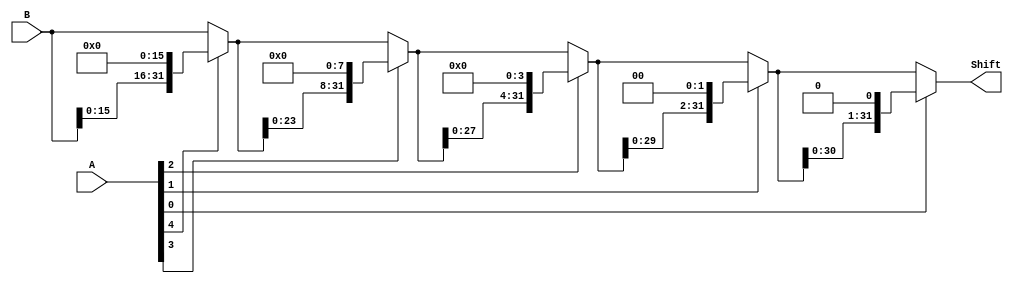
module Shift_Left(
	input [31:0]B,
	input [4:0]A,
	output [31:0]Shift
);
	
	wire [31:0]Shift1,Shift2,Shift3,Shift4;
	assign Shift1 = A[4]?{B[15:0],{16{1'b0}}}:B;
	assign Shift2 = A[3]?{Shift1[23:0],{8{1'b0}}}:Shift1;
	assign Shift3 = A[2]?{Shift2[27:0],{4{1'b0}}}:Shift2;
	assign Shift4 = A[1]?{Shift3[29:0],{2{1'b0}}}:Shift3;
	assign Shift  = A[0]?{Shift4[30:0],1'b0}:Shift4;
	
endmodule

module Shift_Right(
	input sign,
	input [31:0]B,
	input [4:0]A,
	output [31:0]Shift
);
	
	wire [31:0]Shift1,Shift2,Shift3,Shift4;
	assign Shift1 = A[4]?{{16{sign}},B[31:16]}:B;
	assign Shift2 = A[3]?{{8{sign}},Shift1[31:8]}:Shift1;
	assign Shift3 = A[2]?{{4{sign}},Shift2[31:4]}:Shift2;
	assign Shift4 = A[1]?{{2{sign}},Shift3[31:2]}:Shift3;
	assign Shift  = A[0]?{sign,Shift4[30:1]}:Shift4;
endmodule

module ALU(
    input [31:0] A,
	input [31:0] B,
	input [5:0] ALUFun,
	input sign,
	output [31:0] ALUOUT
	);
	
	reg [31:0]Math,Cmp,Logic,Shift,Z;
	
	assign Zero = (Math == 0);
	assign N = sign && Math[31];
	assign V = sign?
				(ALUFun[0]? ((A[31]^B[31])&&(A[31]^Math[31])) : ((A[31]^Math[31])&&(B[31]^Math[31])))
				:(ALUFun[0]? (A<B) : ((A[31]&&B[31]) || (A[31]||B[31])&&(~Math[31])));
				
	wire [31:0]sll,srl,sra;
	Shift_Left Sh1(B,A[4:0],sll);
	Shift_Right Sh2(1'b0,B,A[4:0],srl);
	Shift_Right Sh3(B[31],B,A[4:0],sra);
	
	always @(*)
	begin
		case(ALUFun[0])
			0:			Math <= A+B;
			1:			Math <= A+(~B)+1;
		endcase
		case(ALUFun[3:0])
			4'b1000:	Logic <= A&B;
			4'b1110:	Logic <= A|B;
			4'b0110:	Logic <= A^B;
			4'b0001:	Logic <= ~(A|B);
			4'b1010:	Logic <= A;
			default:	Logic <= 0;
		endcase
		case(ALUFun[1:0])
			2'b00:		Shift <= sll;			//Shift <= (B << A[4:0]);
			2'b01:		Shift <= srl;			//Shift <= (B >> A[4:0]);
			2'b11:		Shift <= sra;			//Shift <= ({{32{B[31]}},B} >> A[4:0]);
			default:	Shift <= 0;
		endcase
		case(ALUFun[3:1])
			3'b001:		Cmp <= Zero;
			3'b000:		Cmp <= ~Zero;
			3'b010:		Cmp <= sign?(Math[31]^V):V;
			3'b110:		Cmp <= sign?(A[31]||(A == 0)):(A == 0);
			3'b101:		Cmp <= sign?A[31]:0;
			3'b111:		Cmp <= sign?(~A[31]&&(A != 0)):(A != 0);
			default:	Cmp <= 0;
		endcase
		case(ALUFun[5:4])
			2'b00:		Z <= Math;
			2'b01:		Z <= Logic;
			2'b10:		Z <= Shift;
			2'b11:		Z <= Cmp;
		endcase
	end
	assign ALUOUT=Z;
endmodule